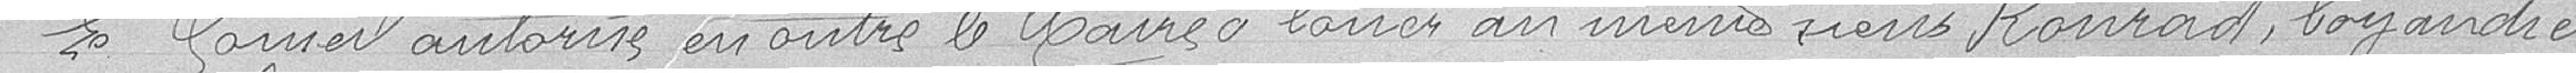
Le Conseil autorise en outre le Maire à louer au même sieur Konrad, boyandier,